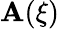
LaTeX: \mathbf{A}(\xi)